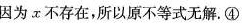
因为x不存在，所以原不等式无解。④